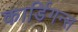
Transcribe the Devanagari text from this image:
कार्डिगन्स